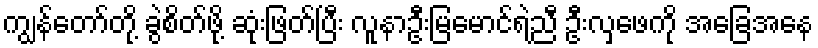
ကျွန်တော်တို့ ခွဲစိတ်ဖို့ ဆုံးဖြတ်ပြီး လူနာဦးမြမောင်ရဲ့ညီ ဦးလှဖေကို အခြေအနေ